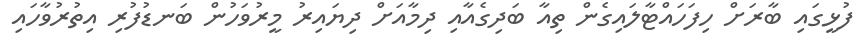
ފުޅީގައި ބާރަށް ހިފަހައްޓާލައިގެން ތިއާ ބަދިގެއާއި ދިމާއަށް ދިޔައިރު މީރުވަހުން ބަނޑުފުރި އިތުރުވާހައި